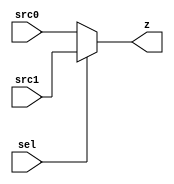
module mux_n (sel, src0, src1, z);
  parameter n=2;
  input sel;
  input [n-1:0] src0;
  input [n-1:0] src1;
  output reg [n-1:0] z;
  

  always @(sel or src0 or src1)
      begin
        if (sel == 1'b0) z <= src0;
        else z <= src1;
      end
   
endmodule